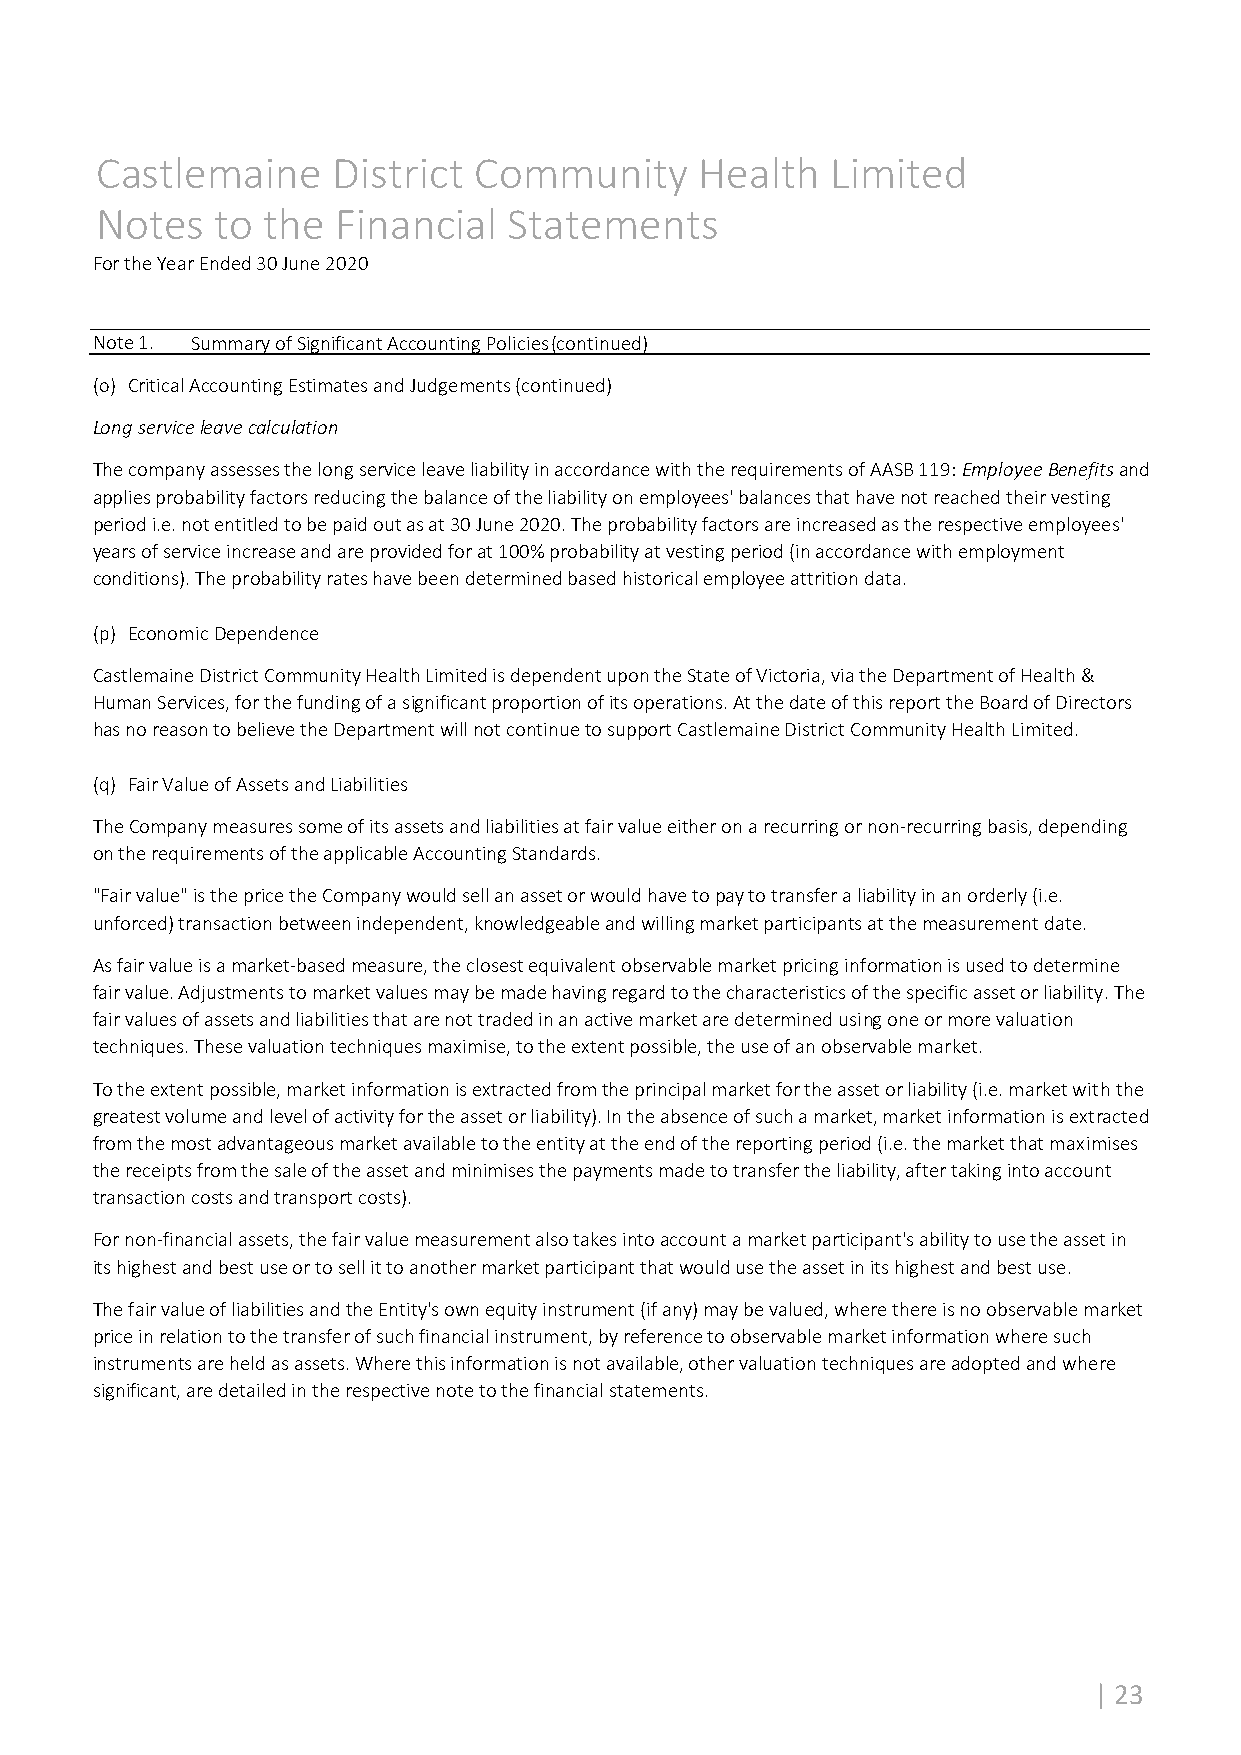
Castlemaine     District Community      Health   Limited
 Notes   to the  Financial   Statements
 For the Year Ended 30 June 2020
 Note 1. Summary of Significant Accounting Policies (continued)
 (o) Critical Accounting Estimates and Judgements (continued)
 Long service leave calculation
 The company assesses the long service leave liability in accordance with the requirements of AASB 119: Employee Benefits and
 applies probability factors reducing the balance of the liability on employees' balances that have not reached their vesting
 period i.e. not entitled to be paid out as at 30 June 2020. The probability factors are increased as the respective employees'
 years of service increase and are provided for at 100% probability at vesting period (in accordance with employment
 conditions). The probability rates have been determined based historical employee attrition data.
 (p) Economic Dependence
 Castlemaine District Community Health Limited is dependent upon the State of Victoria, via the Department of Health &
 Human Services, for the funding of a significant proportion of its operations. At the date of this report the Board of Directors
 has no reason to believe the Department will not continue to support Castlemaine District Community Health Limited.
 (q) Fair Value of Assets and Liabilities
 The Company measures some of its assets and liabilities at fair value either on a recurring or non‐recurring basis, depending
 on the requirements of the applicable Accounting Standards.
 "Fair value" is the price the Company would sell an asset or would have to pay to transfer a liability in an orderly (i.e.
 unforced) transaction between independent, knowledgeable and willing market participants at the measurement date.
 As fair value is a market‐based measure, the closest equivalent observable market pricing information is used to determine
 fair value. Adjustments to market values may be made having regard to the characteristics of the specific asset or liability. The
 fair values of assets and liabilities that are not traded in an active market are determined using one or more valuation
 techniques. These valuation techniques maximise, to the extent possible, the use of an observable market.
 To the extent possible, market information is extracted from the principal market for the asset or liability (i.e. market with the
 greatest volume and level of activity for the asset or liability). In the absence of such a market, market information is extracted
 from the most advantageous market available to the entity at the end of the reporting period (i.e. the market that maximises
 the receipts from the sale of the asset and minimises the payments made to transfer the liability, after taking into account
 transaction costs and transport costs).
 For non‐financial assets, the fair value measurement also takes into account a market participant's ability to use the asset in
 its highest and best use or to sell it to another market participant that would use the asset in its highest and best use.
 The fair value of liabilities and the Entity's own equity instrument (if any) may be valued, where there is no observable market
 price in relation to the transfer of such financial instrument, by reference to observable market information where such
 instruments are held as assets. Where this information is not available, other valuation techniques are adopted and where
 significant, are detailed in the respective note to the financial statements.
 | 23